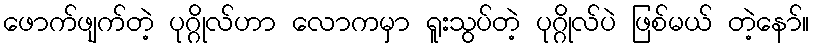
ဖောက်ဖျက်တဲ့ ပုဂ္ဂိုလ်ဟာ လောကမှာ ရူးသွပ်တဲ့ ပုဂ္ဂိုလ်ပဲ ဖြစ်မယ် တဲ့နော်။